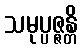
သမုပ္ပဇ္ဇန္တိ